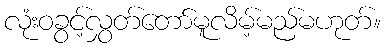
လုံးဝခွင့်လွှတ်တော်မူလိမ့်မည်မဟုတ်။